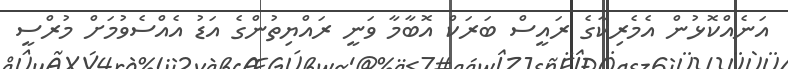
އަނެއްކޮޅުން އެމެރިކާގެ ރައީސް ބަރަކް އޮބާމާ ވަނީ ރައްޔިތުންގެ އަޑު އެއްސެވުމަށް މުރްސީ